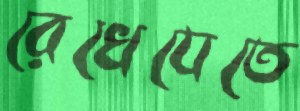
রেখেযেতে